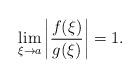
LaTeX: \begin{align*}\lim_{\xi\to a}\left| \dfrac{f(\xi)}{g(\xi)} \right|=1.\end{align*}